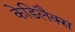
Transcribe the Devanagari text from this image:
केडिलैक्‍स